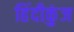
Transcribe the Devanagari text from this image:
हिंदीकुंज